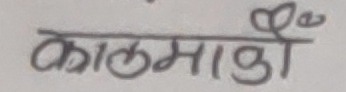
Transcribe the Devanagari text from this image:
कालमाळी